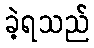
ခဲ့ရသည်